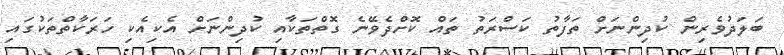
ބަލަދުވެރިން ކުދިންނަށް ތަފާތު ކަސްރަތު ތައް ކޮށްދެވޭނެ ގޮތްތަކާއި ކުދިންނަށް އެކިއެކި ހަރަކާތްތަކުގައި